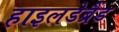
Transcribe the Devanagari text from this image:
हाइलडेब्रैंड